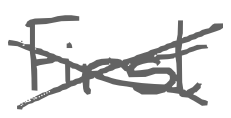
Text: First
Cross-out: cross
Writing tool: digital_gray